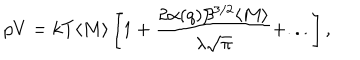
p V = k T \langle M \rangle \left[ 1 + \frac { 2 \alpha ( q ) \beta ^ { 3 / 2 } \langle M \rangle } { \lambda \sqrt { \pi } } + . . . \right] ,